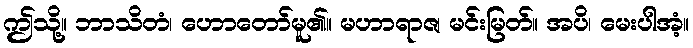
ဤသို့။ ဘာသိတံ၊ ဟောတော်မူ၏။ မဟာရာဇ၊ မင်းမြတ်။ အပိ၊ မေးပါအံ့။